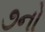
૭નો